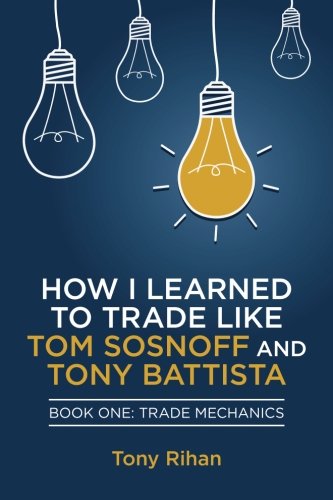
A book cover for How I learned to Trade like Tom Sosnoff and Tony Battista: Book One, Trade Mechanics (Volume 1); Tony Rihan; Business & Money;